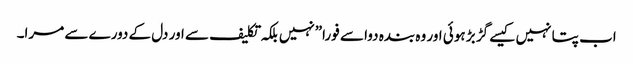
اب پتا نہیں کیسے گڑ بڑ ہوئی اور وہ بندہ دوا سے فورا”نہیں بلکہ تکلیف سے اور دل کے دورے سے مرا۔